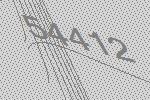
54412